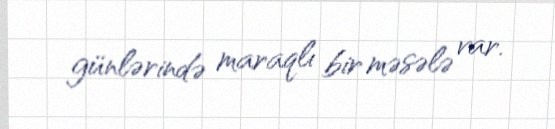
günlərində maraqlı bir məsələ var.